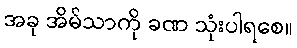
အခု အိမ်သာကို ခဏ သုံးပါရစေ။